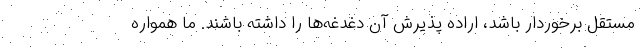
مستقل برخوردار باشد، اراده پذیرش آن دغدغه‌ها را داشته باشند. ما همواره